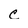
Character: c